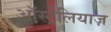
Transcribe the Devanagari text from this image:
ऑस्ट्रेलियाज़